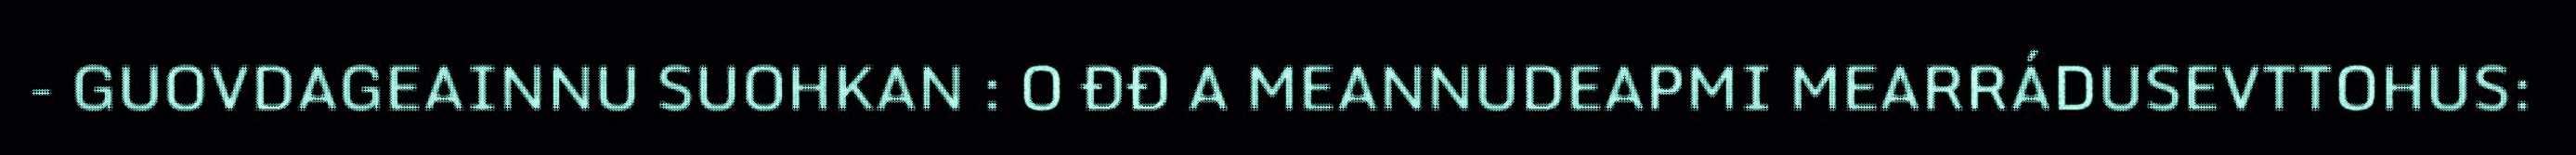
- GUOVDAGEAINNU SUOHKAN : O ĐĐ A MEANNUDEAPMI MEARRÁDUSEVTTOHUS: